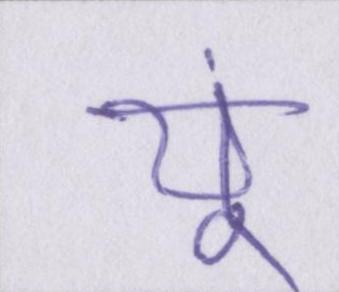
यूं